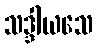
သဒ္ဒါယသေ